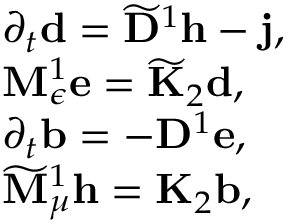
\begin{array} { r l } & { \partial _ { t } \mathbf { d } = \widetilde { \mathbf { D } } ^ { 1 } \mathbf { h } - \mathbf { j } , } \\ & { { \bf M } _ { \epsilon } ^ { 1 } \mathbf { e } = \widetilde { \bf K } _ { 2 } \mathbf { d } , } \\ & { \partial _ { t } \mathbf { b } = - \mathbf { D } ^ { 1 } \mathbf { e } , } \\ & { \widetilde { { \bf M } } _ { \mu } ^ { 1 } \mathbf { h } = \mathbf { K } _ { 2 } \mathbf { b } , } \end{array}